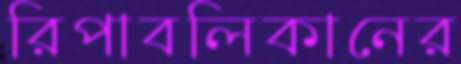
রিপাবলিকানের